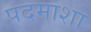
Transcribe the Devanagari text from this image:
पदमाशा